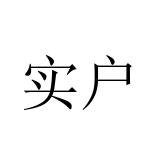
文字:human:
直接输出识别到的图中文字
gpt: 实户